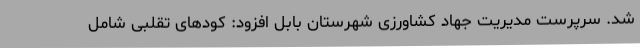
شد. سرپرست مدیریت جهاد کشاورزی شهرستان بابل افزود: کودهای تقلبی شامل